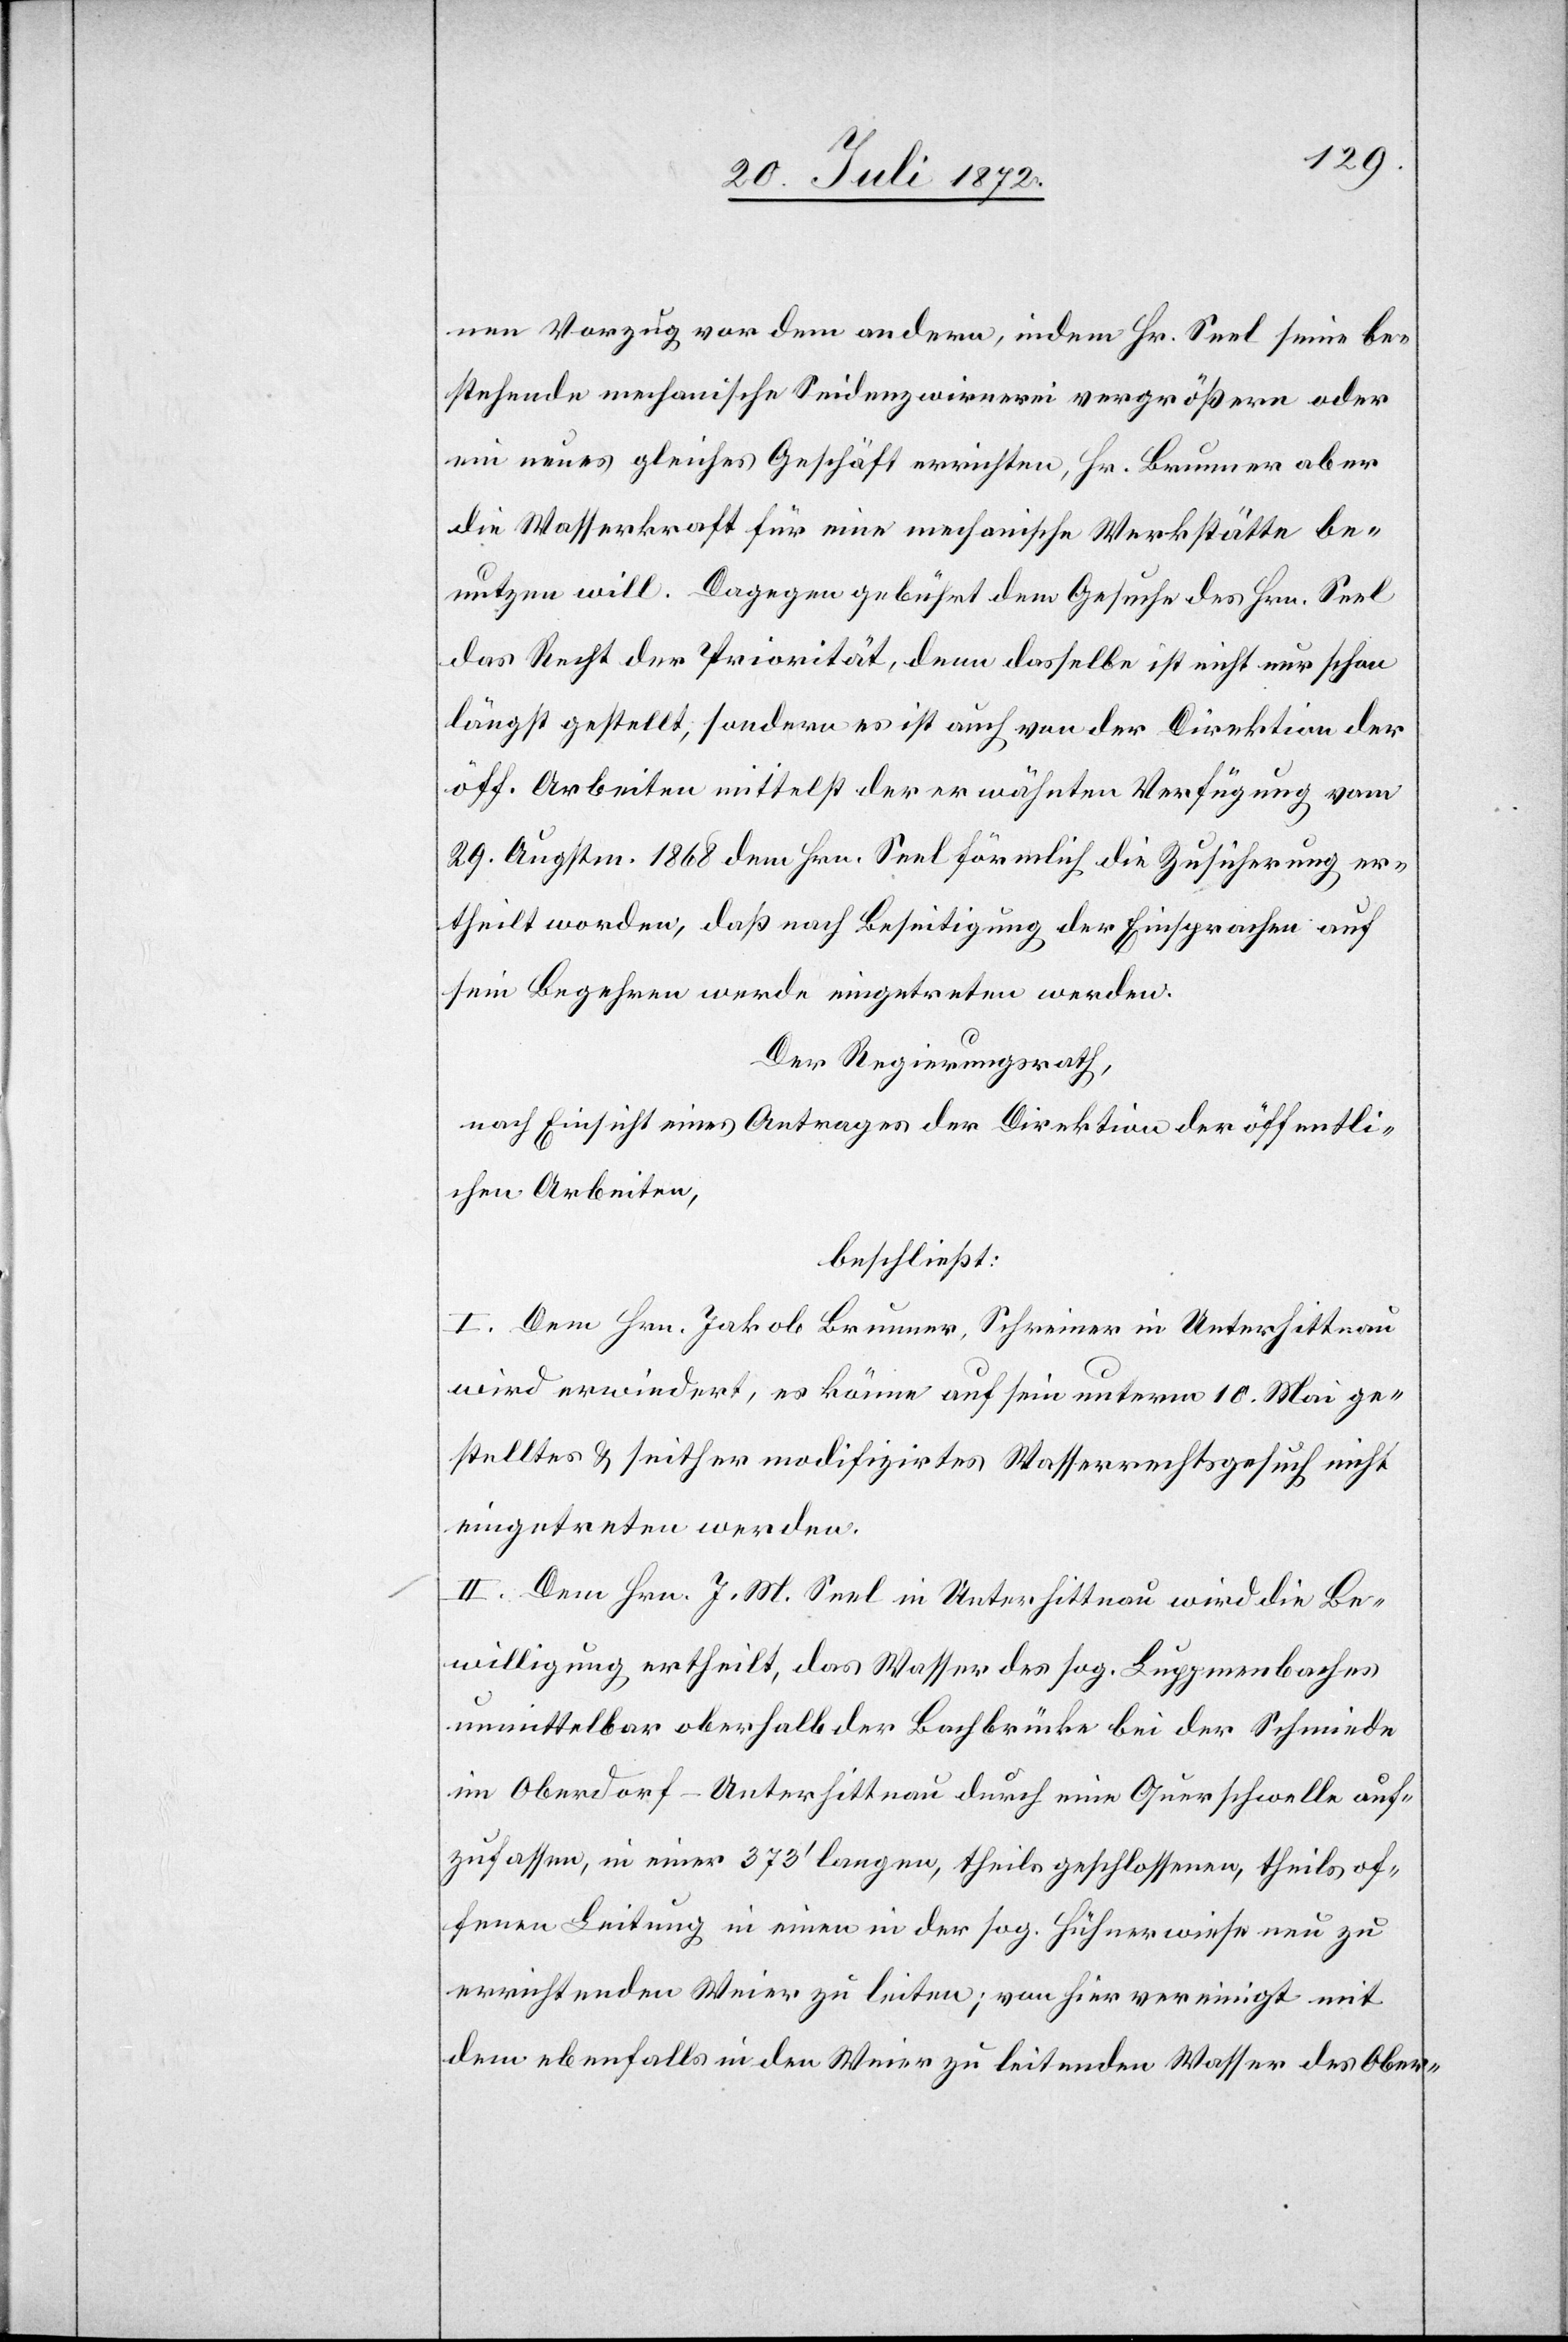
nen Vorzug vor dem andern, indem Hr. Seel seine be¬
stehende mechanische Seidenzwirnerei vergrößern oder
ein neues gleiches Geschäft errichten, Hr. Brunner aber
die Wasserkraft für eine mechanische Werkstätte be¬
nutzen will. Dagegen gebührt dem Gesuche des Hrn. Seel
das Recht der Priorität, denn dasselbe ist nicht nur schon
längst gestellt, sondern es ist auch von der Direktion der
öff. Arbeiten mittelst der erwähnten Verfügung vom
29. Augstm. 1868 dem Hrn. Seel förmlich die Zusicherung er¬
theilt worden, daß nach Beseitigung der Einsprachen auf
sein Begehren werde eingetreten werden.
Der Regierungsrath,
nach Einsicht eines Antrages der Direktion der öffentli¬
chen Arbeiten,
beschließt:
I. Dem Hrn. Jakob Brunner, Schreiner in Unterhittnau
wird erwiedert, es könne auf sein unterm 10. Mai ge¬
stelltes u. seither modifizirtes Wasserrechtsgesuch nicht
eingetreten werden.
II. Dem Hrn. J. M. Seel in Unterhittnau wird die Be¬
willigung ertheilt, das Wasser des sog. Luppmenbaches
unmittelbar oberhalb der Bachbrücke bei der Schmiede
im Oberdorf-Unterhittnau durch eine Querschwelle auf¬
zufassen, in einer 373’ langen, theils geschlossenen, theils of¬
fenen Leitung in einen in der sog. Hühnerwiese neu zu
errichtenden Weier zu leiten; von hier vereinigt mit
dem ebenfalls in den Weier zu leitenden Wasser des Ober-